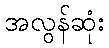
အလွန်ဆုံး